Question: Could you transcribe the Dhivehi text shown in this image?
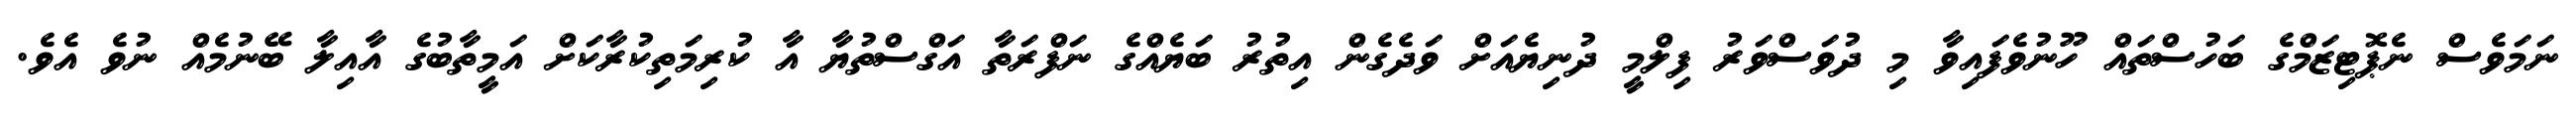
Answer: ނަމަވެސް ނެޕޮޓިޒަމްގެ ބަހުސްތައް ހޫނުވެފައިވާ މި ދުވަސްވަރު ފިލްމީ ދުނިޔެއަށް ވަދެގެން އިތުރު ބަޔެއްގެ ނަފްރަތާ އަގްސްތުޔާ އާ ކުރިމަތިކުރާކަށް އަމީތާބުގެ އާއިލާ ބޭނުމެއް ނުވެ އެވެ.